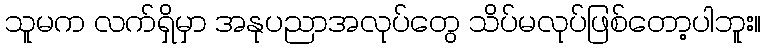
သူမက လက်ရှိမှာ အနုပညာအလုပ်တွေ သိပ်မလုပ်ဖြစ်တော့ပါဘူး။